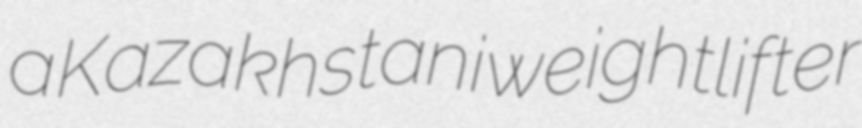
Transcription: a Kazakhstani weightlifter